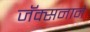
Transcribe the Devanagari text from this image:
जॅक्सनाने